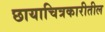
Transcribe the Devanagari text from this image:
छायाचित्रकारीतील